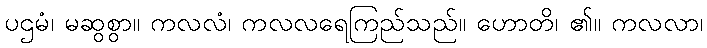
ပဌမံ၊ မဆွစွာ။ ကလလံ၊ ကလလရေကြည်သည်။ ဟောတိ၊ ၏။ ကလလာ၊